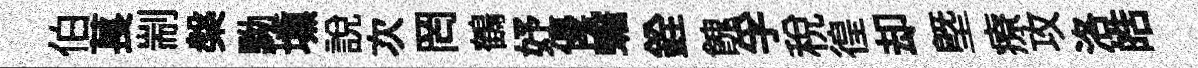
伯萇剬槃黝壎說次罔鶴妤優蟾銓餽孚稅徨却塈療攻洛皓